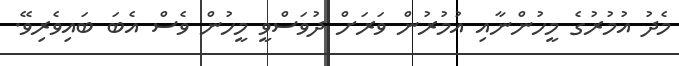
މެދު އުމުރުގެ މީހުންނާއި އުމުރުން ވަރަށް ދުވަސްވީ މީހުން ވެސް އެބަ ބައިވެރިވޭ.